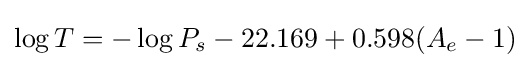
\log T=-\log P_{s}-22.169+0.598(A_{e}-1)